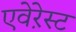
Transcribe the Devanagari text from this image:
एवेऱेस्ट